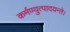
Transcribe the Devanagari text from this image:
कर्मण्युत्पादयन्ते।